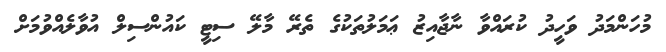
މުހަންމަދު ވަހީދު ކުރައްވާ ނާޖާއިޒު ޢަމަލުތަކުގެ ތެރޭ މާލޭ ސިޓީ ކައުންސިލް އުވާލެއްވުމަށް